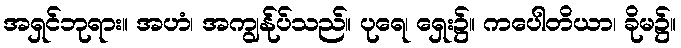
အရှင်ဘုရား။ အဟံ၊ အကျွန်ုပ်သည်။ ပုရေ၊ ရှေး၌။ ကပေါတိယာ၊ ခိုမ၌။